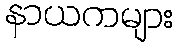
နာယကများ